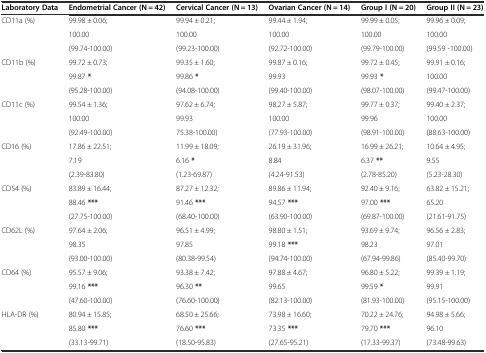
<table><thead><tr><td><b>Laboratory Data</b></td><td><b>Endometrial Cancer (N = 42)</b></td><td><b>Cervical Cancer (N = 13)</b></td><td><b>Ovarian Cancer (N = 14)</b></td><td><b>Group I (N = 20)</b></td><td><b>Group II (N = 23)</b></td></tr></thead><tbody><tr><td rowspan="3">CD11a (%)</td><td>99.98 ± 0.06;</td><td>99.94 ± 0.21;</td><td>99.44 ± 1.94;</td><td>99.99 ± 0.05;</td><td>99.96 ± 0.09;</td></tr><tr><td>100.00</td><td>100.00</td><td>100.00</td><td>100.00</td><td>100.00</td></tr><tr><td>(99.74-100.00)</td><td>(99.23-100.00)</td><td>(92.72-100.00)</td><td>(99.79-100.00)</td><td>(99.59 -100.00)</td></tr><tr><td rowspan="3">CD11b (%)</td><td>99.72 ± 0.73;</td><td>99.35 ± 1.60;</td><td>99.87 ± 0.16;</td><td>99.72 ± 0.45;</td><td>99.91 ± 0.16;</td></tr><tr><td>99.87 <b>*</b></td><td>99.86 <b>*</b></td><td>99.93</td><td>99.93 <b>*</b></td><td>100.00</td></tr><tr><td>(95.28-100.00)</td><td>(94.08-100.00)</td><td>(99.40-100.00)</td><td>(98.07-100.00)</td><td>(99.47-100.00)</td></tr><tr><td rowspan="3">CD11c (%)</td><td>99.54 ± 1.36;</td><td>97.62 ± 6.74;</td><td>98.27 ± 5.87;</td><td>99.77 ± 0.37;</td><td>99.40 ± 2.37;</td></tr><tr><td>100.00</td><td>99.93</td><td>100.00</td><td>99.96</td><td>100.00</td></tr><tr><td>(92.49-100.00)</td><td>75.38-100.00)</td><td>(77.93-100.00)</td><td>(98.91-100.00)</td><td>(88.63-100.00)</td></tr><tr><td rowspan="3">CD16 (%)</td><td>17.86 ± 22.51;</td><td>11.99 ± 18.09;</td><td>26.19 ± 31.96;</td><td>16.99 ± 26.21;</td><td>10.64 ± 4.95;</td></tr><tr><td>7.19</td><td>6.16 <b>*</b></td><td>8.84</td><td>6.37 <b>**</b></td><td>9.55</td></tr><tr><td>(2.39-83.80)</td><td>(1.23-69.87)</td><td>(4.24-91.53)</td><td>(2.78-85.20)</td><td>(5.23-28.30)</td></tr><tr><td rowspan="3">CD54 (%)</td><td>83.89 ± 16.44;</td><td>87.27 ± 12.32;</td><td>89.86 ± 11.94;</td><td>92.40 ± 9.16;</td><td>63.82 ± 15.21;</td></tr><tr><td>88.46 <b>***</b></td><td>91.46 <b>***</b></td><td>94.57 <b>***</b></td><td>97.00 <b>***</b></td><td>65.20</td></tr><tr><td>(27.75-100.00)</td><td>(68.40-100.00)</td><td>(63.90-100.00)</td><td>(69.87-100.00)</td><td>(21.61-91.75)</td></tr><tr><td rowspan="3">CD62L (%)</td><td>97.64 ± 2.06;</td><td>96.51 ± 4.99;</td><td>98.80 ± 1.51;</td><td>93.69 ± 9.74;</td><td>96.56 ± 2.83;</td></tr><tr><td>98.35</td><td>97.85</td><td>99.18 <b>***</b></td><td>98.23</td><td>97.01</td></tr><tr><td>(93.00-100.00)</td><td>(80.38-99.54)</td><td>(94.74-100.00)</td><td>(67.94-99.86)</td><td>(85.40-99.70)</td></tr><tr><td rowspan="3">CD64 (%)</td><td>95.57 ± 9.06;</td><td>93.38 ± 7.42;</td><td>97.88 ± 4.67;</td><td>96.80 ± 5.22;</td><td>99.39 ± 1.19;</td></tr><tr><td>99.16 <b>***</b></td><td>96.30 <b>**</b></td><td>99.65</td><td>99.59 <b>*</b></td><td>99.91</td></tr><tr><td>(47.60-100.00)</td><td>(76.60-100.00)</td><td>(82.13-100.00)</td><td>(81.93-100.00)</td><td>(95.15-100.00)</td></tr><tr><td rowspan="3">HLA-DR (%)</td><td>80.94 ± 15.85;</td><td>68.50 ± 25.66;</td><td>73.98 ± 16.60;</td><td>70.22 ± 24.76;</td><td>94.98 ± 5.66;</td></tr><tr><td>85.80 <b>***</b></td><td>76.60 <b>***</b></td><td>73.35 <b>***</b></td><td>79.70 <b>***</b></td><td>96.10</td></tr><tr><td>(33.13-99.71)</td><td>(18.50-95.83)</td><td>(27.65-95.21)</td><td>(17.33-99.37)</td><td>(73.48-99.63)</td></tr></tbody></table>